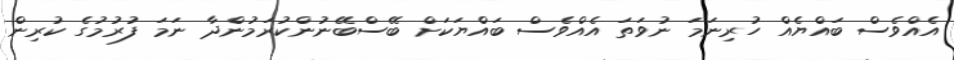
އެއްވެސް ބައްޔެއް ހުރިނަމަ ނުވަތަ އެއްވެސް ބައްޔަކަށް ބޭސްބޭނުންކުރަމުންދާ ނަމަ ފުރުމުގެ ކުރިން